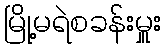
မြို့မရဲစခန်းမှူး